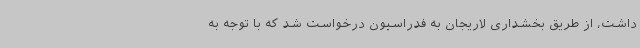
داشت، از طریق بخشداری لاریجان به فدراسیون درخواست شد که با توجه به